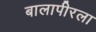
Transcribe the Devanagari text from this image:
बालापीरला